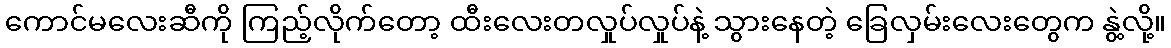
ကောင်မလေးဆီကို ကြည့်လိုက်တော့ ထီးလေးတလှုပ်လှုပ်နဲ့ သွားနေတဲ့ ခြေလှမ်းလေးတွေက နွဲ့လို့။